Vaccination in Bombay 1863-1868 - 1863-1868
Year: 1863
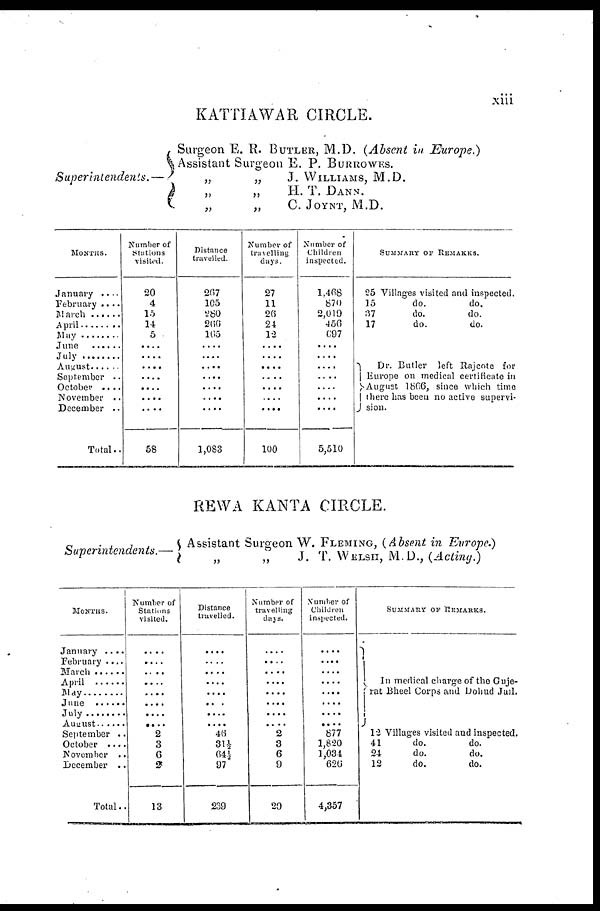
xiii
KATTIAWAR CIRCLE.
Superintendents. —
Surgeon E. R. BUTLER, M.D. (Absent in Europe.)
Assistant Surgeon E. P. BURROWES.
„
„
J. WILLIAMS, M.D.
H. T. DANN.
„
„
C. JOYNT, M.D.
MONTHS.
January . . . .
February . . . .
March . . . . . .
April . . . . . . .
May . . . . . . . .
June . . . . . .
July . . . . . .
August . . . . . .
September . .
October . . . .
November . .
December . .
Total..
Number of
Stations
visited.
20
4
15
14
5
....
....
....
....
....
....
....
58
Distance
travelled.
267
105
280
266
165
....
....
....
....
....
....
....
1,083
Number of
travelling
days.
27
11
26
24
12
....
....
....
....
....
....
....
100
Number of
Children
inspected.
1,468
870
2,019
456
697
....
....
....
....
....
....
....
5,510
SUMMARY OF REMARKS.
25 Villages visited and inspected.
15
37
17
do.
do.
do.
do.
do.
do.
Dr. Butler left Rajcote for
Europe on medical certificate in
August 1606, since which time
there has been no active supervi-
sion.
REWA KANTA CIRCLE.
Superintendents.—
Assistant Surgeon W. FLEMING, (Absent in Europe.)
„
„
J. T. WELSH, M.D., (Acting.)
MONTHS.
January . . . .
February . . . .
March . . . .
April . . . . . .
May . . . . . . . .
June . . . . . .
July . . . . . . .
August . . . . . .
September . .
October . .. .
November . .
December . .
Total . .
Number of
Stations
visited.
....
....
....
....
....
....
....
....
2
3
6
2
13
Distance
travelled.
....
....
....
....
....
....
....
....
46
31 ½
64 ½
97
239
Number of
travelling
days.
....
....
....
....
....
....
....
....
2
3
6
9
20
Number of
Children
inspected.
....
....
....
....
....
....
....
....
877
1,820
1,034
620
4,357
SUMMARY OF REMARKS.
In medical charge of the Guje¬
rat Bheel Corps and Dohud Jail.
12 Villages visited and inspected.
41
24
12
do.
do.
do.
do.
do.
do.